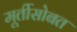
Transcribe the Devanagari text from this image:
मूर्तीसोबत